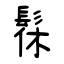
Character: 髹